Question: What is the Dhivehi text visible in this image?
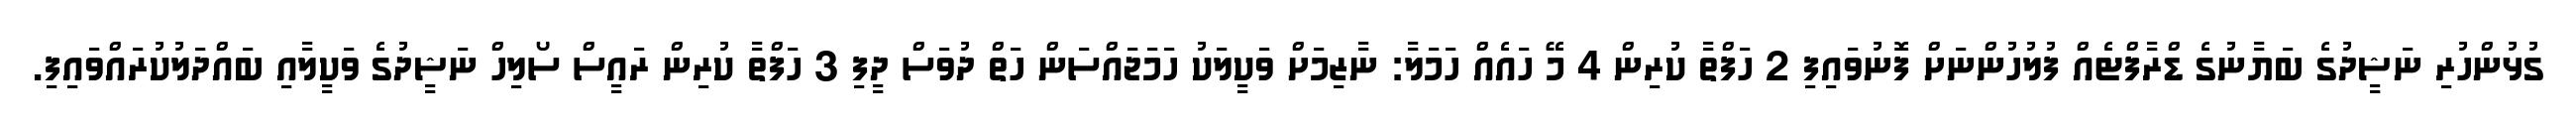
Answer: ގުޅުންހުރި ނަޝީދުގެ ބަޔާނުގެ ޑްރާފްޓެއް ފުލުހުންނަށް ފޮނުވައިފި 2 ހަފްތާ ކުރިން 4 މޭ ހައެއް ހަމަލާ: ނާޒިމަށް ވަކީލަކު ހަމަޖައްސަން ހަތް ދުވަސް ދީފި 3 ހަފްތާ ކުރިން ރައީސް ސޯލިހް ނަޝީދުގެ ވަކީލާއި ބައްދަލުކުރައްވައިފި.